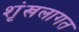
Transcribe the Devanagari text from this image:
शृंखलागत